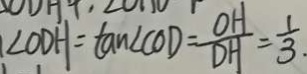
\angle O D H = \tan \angle C O D = \frac { O H } { D H } = \frac { 1 } { 3 . }